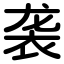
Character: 袭